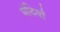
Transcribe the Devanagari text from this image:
मंदियाँ